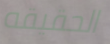
الحقيقه